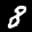
Label: 8